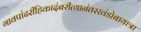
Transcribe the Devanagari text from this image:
गावपांढरीहिकादंबरीत्यानंतरखंडोबायात्रा